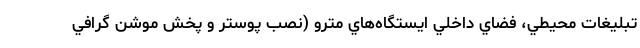
تبليغات محيطي، فضاي داخلي ايستگاه‌هاي مترو (نصب پوستر و پخش موشن گرافي